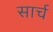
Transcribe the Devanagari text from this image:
सार्च